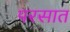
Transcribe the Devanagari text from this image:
परसात